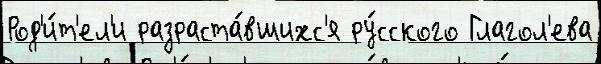
Род'и́т'ел'и разраста́вшихс'я ру́сского Глагол'ева